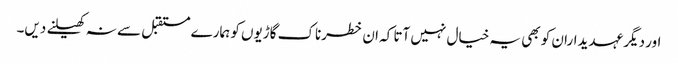
اور دیگر عہدیداران کو بھی یہ خیال نہیں آتا کہ ان خطرناک گاڑیوں کو ہمارے مستقبل سے نہ کھیلنے دیں۔